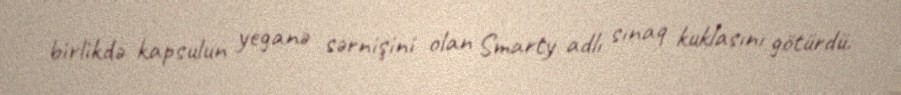
birlikdə kapsulun yeganə sərnişini olan Smarty adlı sınaq kuklasını götürdü.